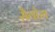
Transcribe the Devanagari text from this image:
सैवोम